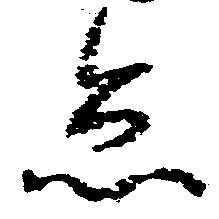
怠